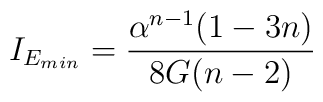
I_{E_{min}}=\frac{\alpha^{n-1}(1-3n)}{8G(n-2)}